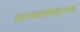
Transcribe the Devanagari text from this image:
जपानच्यापंतप्रधानाच्या